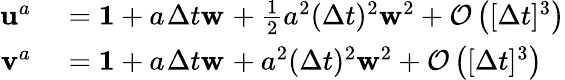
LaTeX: \begin{array}{rl}{\mathbf{u}_{}^{a_{}}}&{{}=\mathbf{1}+a_{}\Delta t{}\mathbf{w}_{}+\frac{1}{2}a_{}^{2}(\Delta t{})^{2}\mathbf{w}_{}^{2}+\mathcal{O}\left([\Delta t{}]^{3}\right)}\\ {\mathbf{v}_{}^{a_{}}}&{{}=\mathbf{1}+a_{}\Delta t{}\mathbf{w}_{}+a_{}^{2}(\Delta t{})^{2}\mathbf{w}_{}^{2}+\mathcal{O}\left([\Delta t{}]^{3}\right)}\end{array}